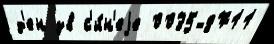
д'ен зв с'и́н'еjе 0035-8711